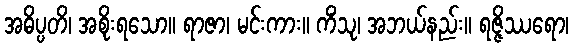
အဓိပ္ပတိ၊ အစိုးရသော။ ရာဇာ၊ မင်းကား။ ကိံသု၊ အဘယ်နည်း။ ရဇ္ဇိဿရော၊